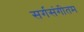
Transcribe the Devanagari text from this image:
सर्गसंगीतम